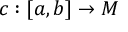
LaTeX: c : [ a , b ] \to M